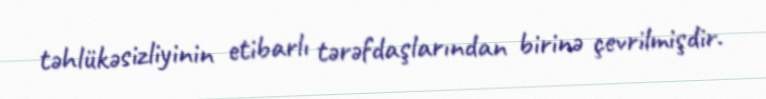
təhlükəsizliyinin etibarlı tərəfdaşlarından birinə çevrilmişdir.